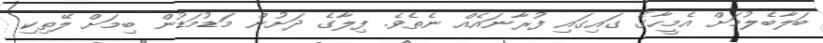
ބަލާބެލުމަށް އެމީހާގެ ގައިގައި ފުރާނައެއް ނެތެވެ. ފިލާގެ ދަށުން މަޑުމަޑުން ބިމަށް ލޭތިކި